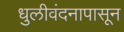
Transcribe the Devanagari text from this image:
धुलीवंदनापासून